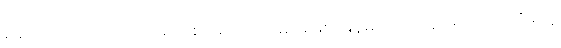
နောက် အင်္ဂလိပ်လိုရေးတဲ့ စာရေးဆရာမအဖြစ် မြန်မာထဲက ရှားရှားပါးပါးရှိခဲ့တဲ့